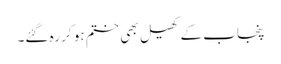
پنجاب کے کھیل بھی ختم ہو کر رہ گئے۔